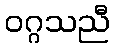
ဝဂ္ဂသညီ